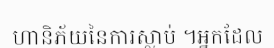
ហានិភ័យនៃការស្លាប់ ។អ្នកដែល